Civil Veterinary Dept. Bombay admin report 1923-31 - 1923-1931
Year: 1923
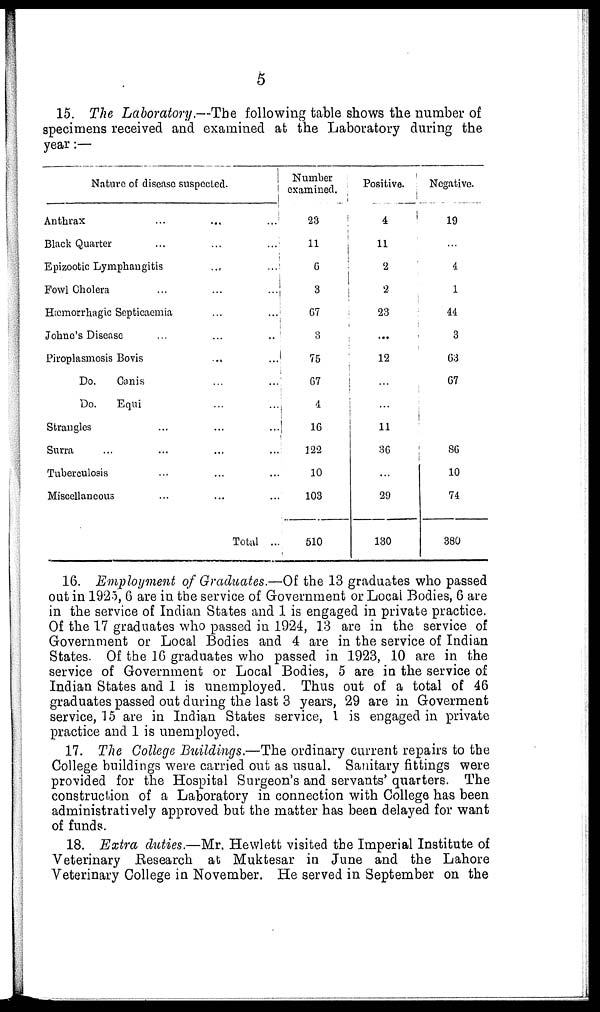
5
15. The Laboratory.—The following table shows the number of
specimens received and examined at the Laboratory during the
year:—
Nature of disease suspected.
Anthrax ... ... ...
Black Quarter ... ... ...
Epizootic Lymphangitis ... ...
Fowl Cholera ... ... ...
Hæmorrhagic Septicaemia ... ...
Johne's Disease ... ... ...
Piroplasmosis Bovis ... ...
Do.
Canis ... ...
Do.
Equi ... ...
Strangles ... ... ...
Surra ... ... ... ...
Tuberculosis ... ... ...
Miscellaneous ... ... ...
Total ...
Number
examined.
23
11
6
3
67
3
75
67
4
16
122
10
103
510
Positive.
4
11
2
2
23
...
12
...
...
11
36
...
29
130
Negative.
19
...
4
1
44
3
63
67
...
...
86
10
74
380
16. Employment of Graduates.—Of the 13 graduates who passed
out in 1925, 6 are in the service of Government or Local Bodies, 6 are
in the service of Indian States and 1 is engaged in private practice.
Of the 17 graduates who passed in 1924, 13 are in the service of
Government or Local Bodies and 4 are in the service of Indian
States. Of the 16 graduates who passed in 1923, 10 are in the
service of Government or Local Bodies, 5 are in the service of
Indian States and 1 is unemployed. Thus out of a total of 46
graduates passed out during the last 3 years, 29 are in Goverment
service, 15 are in Indian States service, 1 is engaged in private
practice and 1 is unemployed.
17. The College Buildings.—The ordinary current repairs to the
College buildings were carried out as usual. Sanitary fittings were
provided for the Hospital Surgeon's and servants' quarters. The
construction of a Laboratory in connection with College has been
administratively approved but the matter has been delayed for want
of funds.
18. Extra duties.—Mr. Hewlett visited the Imperial Institute of
Veterinary Research at Muktesar in June and the Lahore
Veterinary College in November. He served in September on the